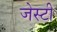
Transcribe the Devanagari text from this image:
जेस्टी